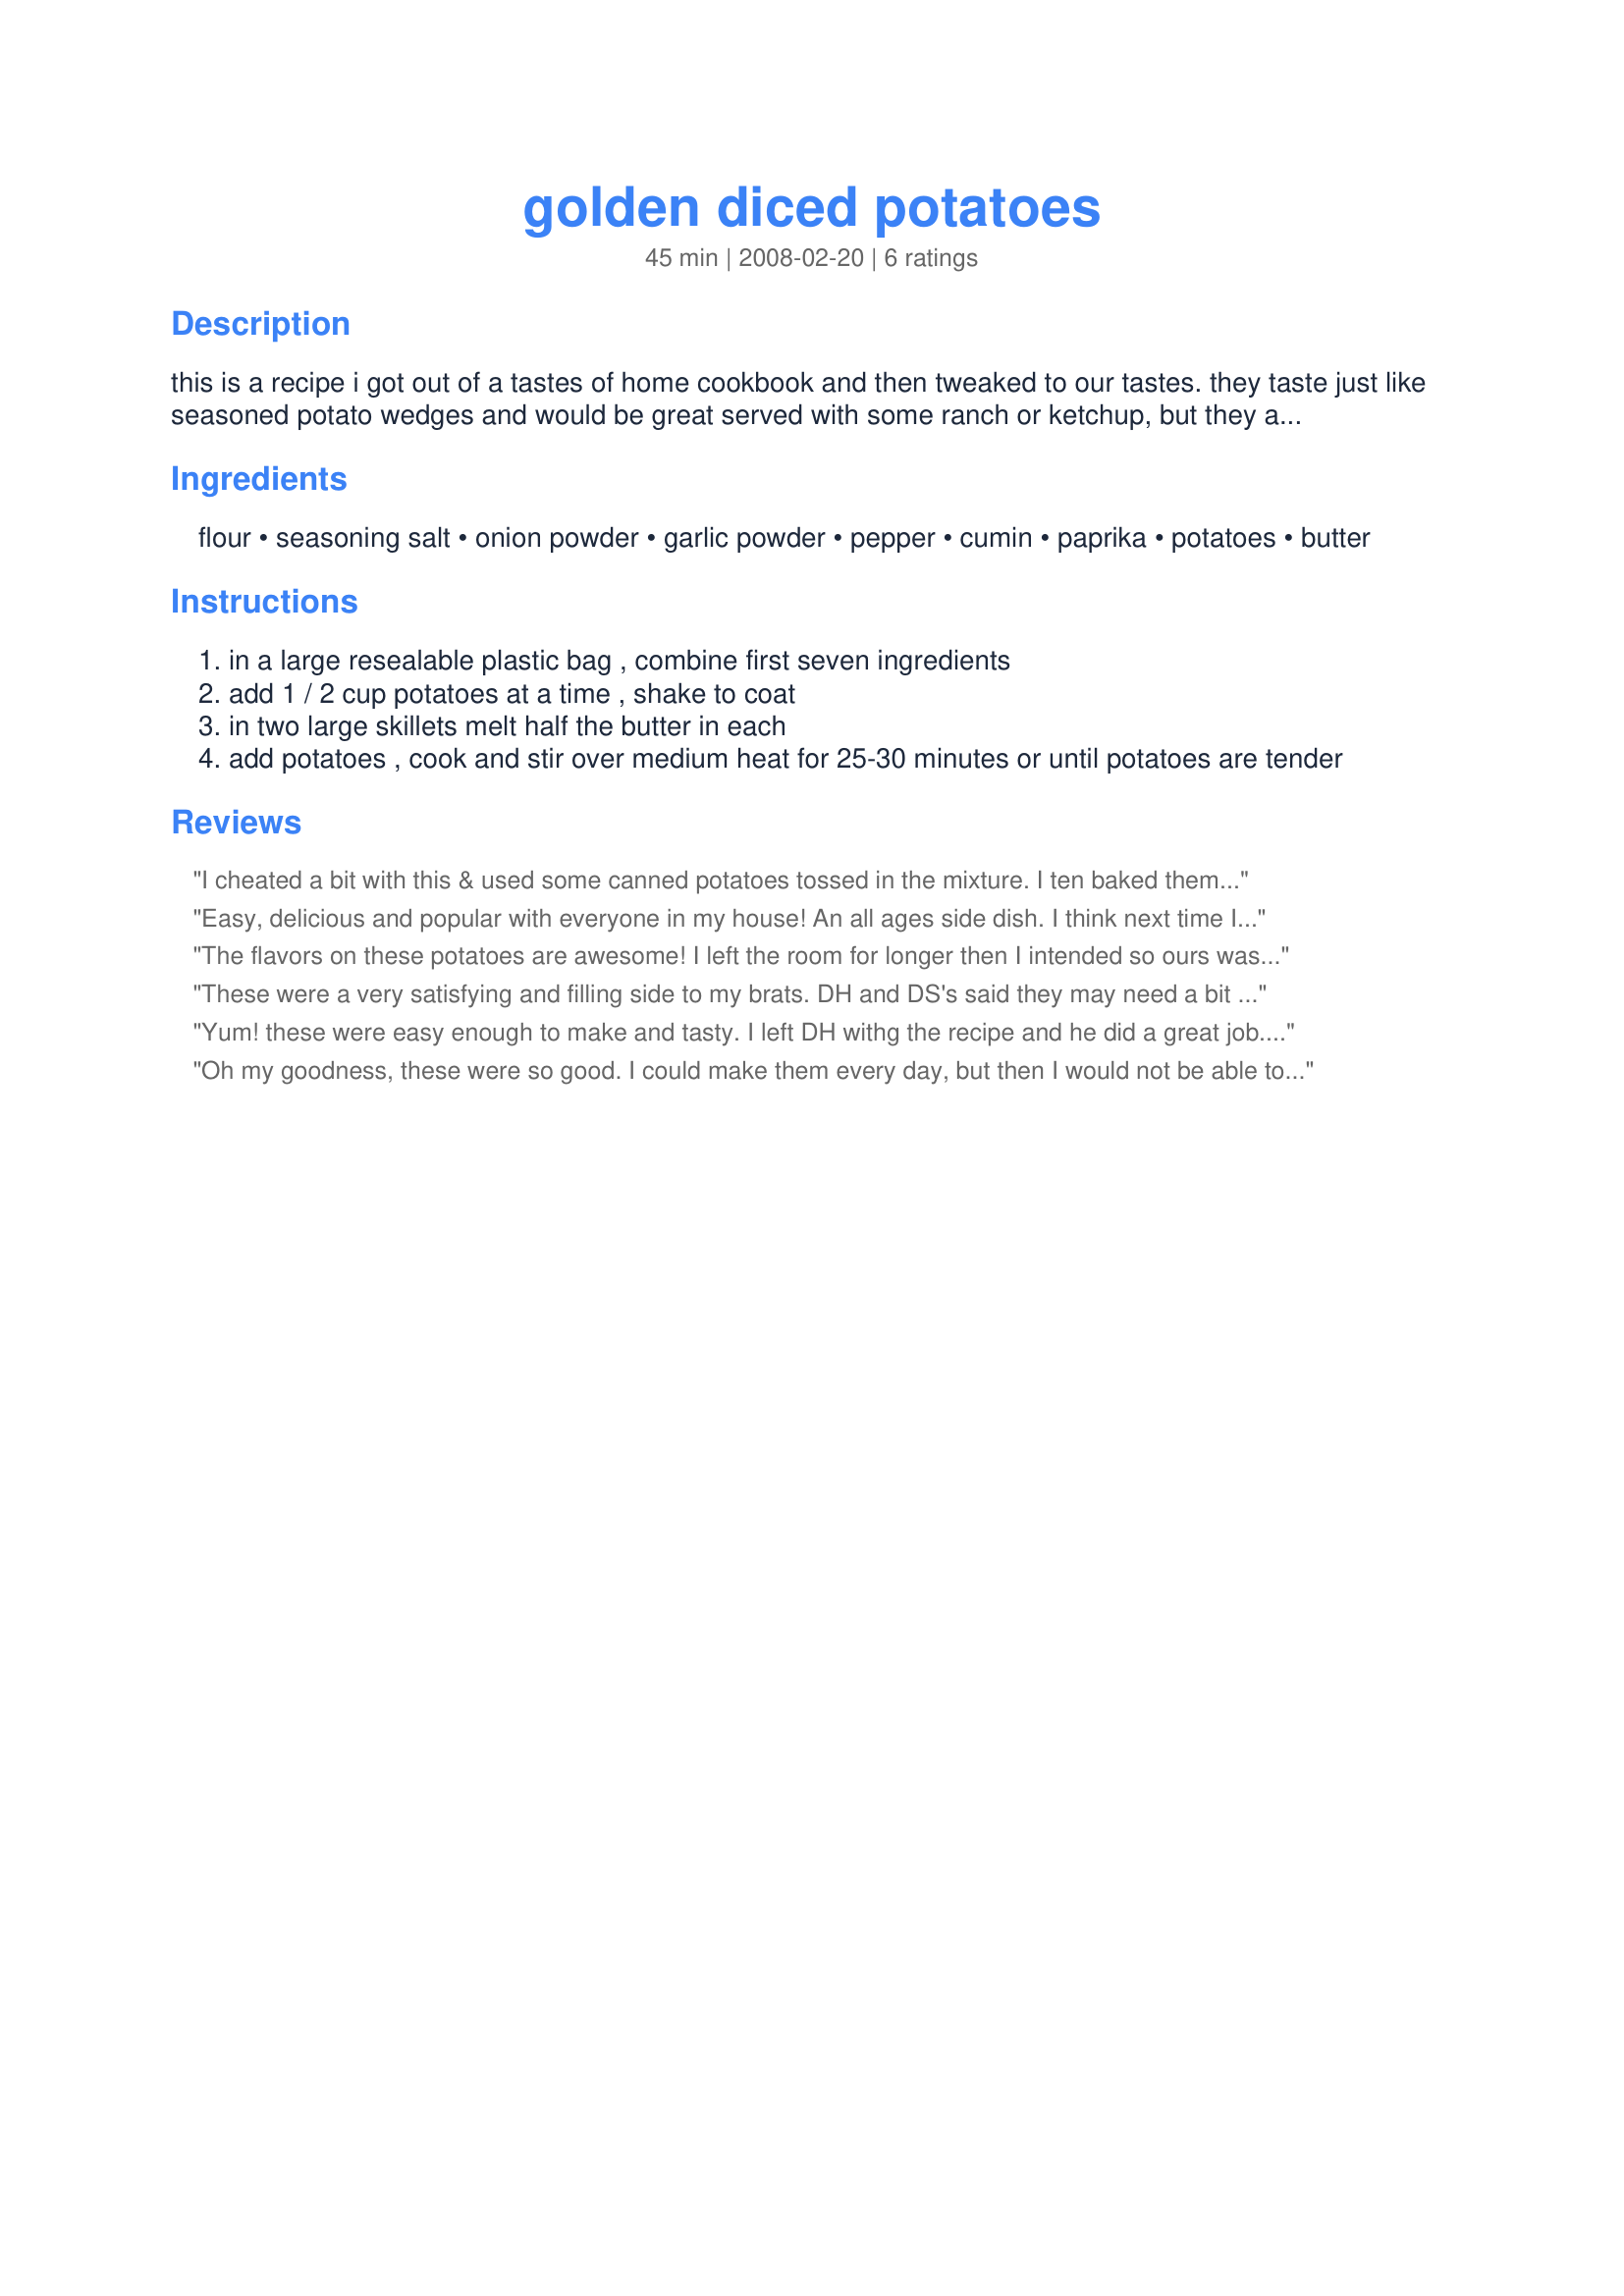
golden diced potatoes
Preparation time: 45 minutes

this is a recipe i got out of a tastes of home cookbook and then tweaked to our tastes. they taste just like seasoned potato wedges and would be great served with some ranch or ketchup, but they are a bit more grown up than eating the wedges. they are simple to make and look great too!

Ingredients:
flour, seasoning salt, onion powder, garlic powder, pepper, cumin, paprika, potatoes, butter

Steps:
in a large resealable plastic bag , combine first seven ingredients
add 1 / 2 cup potatoes at a time , shake to coat
in two large skillets melt half the butter in each
add potatoes , cook and stir over medium heat for 25-30 minutes or until potatoes are tender

Reviews:
I cheated a bit with this & used some canned potatoes tossed in the mixture. I ten baked them in the oven with some butter & oil tossing to coat & then throughout cooking a few times. the flavours in this are very subtle but really nice. A great side to go with our steak dinner. Thanks for posting!
Easy, delicious and popular with everyone in my house! An all ages side dish. I think next time I will serve these with omelets. They were so good! Thank you for this recipe!
The flavors on these potatoes are awesome! I left the room for longer then I intended so ours was a bit dark, but they were still delicious. We put ketchup on them and the consensus was that they should be made again. Thanks for posting Culinary Explorer!!!
These were a very satisfying and filling side to my brats. DH and DS's said they may need a bit more seasonings as they tasted mostly flour. This was probably my fault as I 1 1/2 x's the recipe. I'm thinking I used a bit too much flour. :-( 
They all got eaten though and I didn't have any complaints. Glad I tagged. 
Made for April's Bevvy Tag 08'
Yum! these were easy enough to make and tasty. I left DH withg the recipe and he did a great job. We did make a few more potatoes though as our 3 were rather small. Please see my rating system: 4 lovely stars for a tasty side dish that I would be most happy to make again. Thanks!
Oh my goodness, these were so good. I could make them every day, but then I would not be able to get through the doors.
PAC Spring '08
